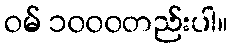
ဝမ် ၁၀၀၀တည်းပါ။